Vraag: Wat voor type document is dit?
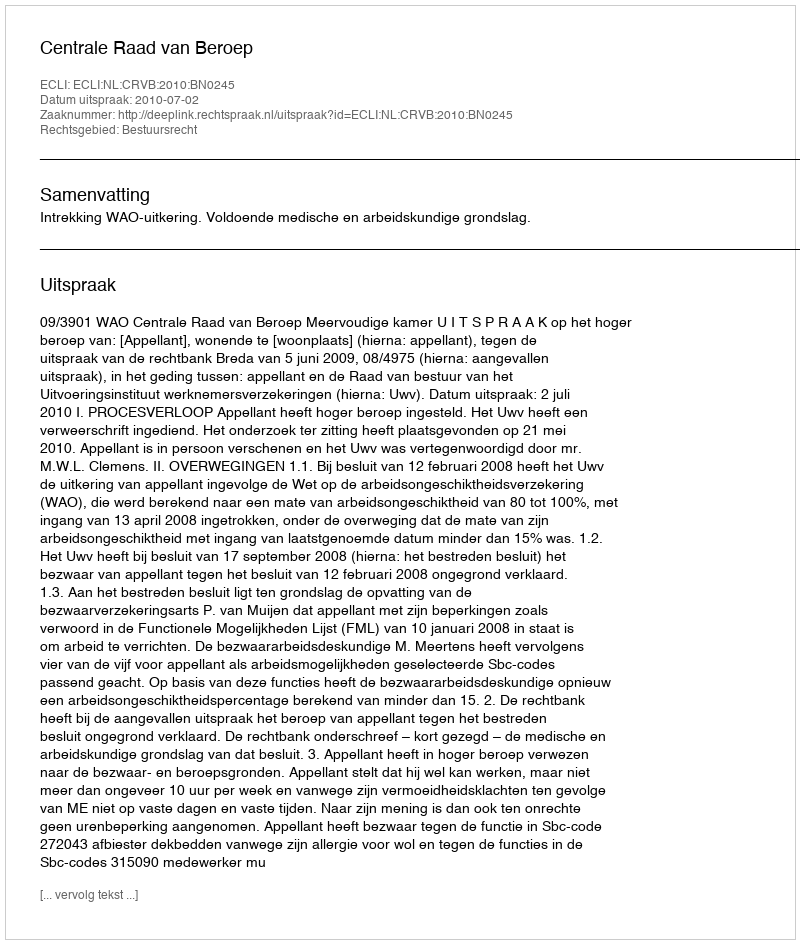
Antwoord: Uitspraak